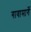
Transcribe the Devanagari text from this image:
गावामार्गे